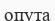
опута